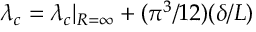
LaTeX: \lambda _ { c } = \lambda _ { c } | _ { R = \infty } + ( \pi ^ { 3 } / 1 2 ) ( \delta / L )